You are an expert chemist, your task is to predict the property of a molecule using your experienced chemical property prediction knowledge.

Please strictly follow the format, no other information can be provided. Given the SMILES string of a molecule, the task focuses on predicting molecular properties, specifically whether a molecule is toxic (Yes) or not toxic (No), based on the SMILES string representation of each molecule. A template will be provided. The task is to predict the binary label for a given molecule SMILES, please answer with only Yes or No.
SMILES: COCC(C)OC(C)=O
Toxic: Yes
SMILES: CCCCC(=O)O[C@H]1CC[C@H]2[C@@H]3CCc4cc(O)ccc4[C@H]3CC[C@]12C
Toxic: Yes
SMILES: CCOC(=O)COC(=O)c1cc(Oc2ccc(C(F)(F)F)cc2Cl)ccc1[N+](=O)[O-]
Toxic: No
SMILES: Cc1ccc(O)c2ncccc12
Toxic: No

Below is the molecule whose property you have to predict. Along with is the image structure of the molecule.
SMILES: [Fe+3]
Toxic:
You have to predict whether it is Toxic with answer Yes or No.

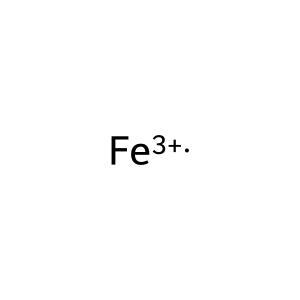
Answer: No